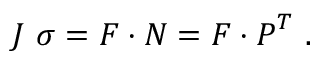
J ~ { \boldsymbol { \sigma } } = { \boldsymbol { F } } \cdot { \boldsymbol { N } } = { \boldsymbol { F } } \cdot { \boldsymbol { P } } ^ { T } ~ .